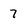
Character: 7